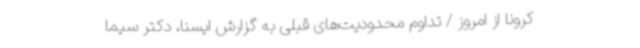
کرونا از امروز / تداوم محدودیت‌های قبلی به گزارش ایسنا، دکتر سیما